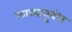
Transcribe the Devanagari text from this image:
काव्यानुबंध